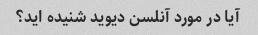
آیا در مورد آنلسن دیوید شنیده اید؟